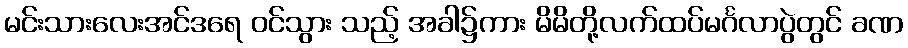
မင်းသားလေးအင်ဒရေ ဝင်သွား သည့် အခါ၌ကား မိမိတို့လက်ထပ်မင်္ဂလာပွဲတွင် ခဏ